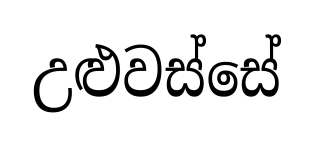
උළුවස්සේ